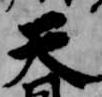
天